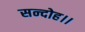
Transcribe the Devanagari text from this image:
सन्‍दोह।।